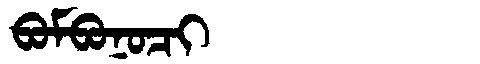
Manchu: ᠪᠣᠮᠪᠣᠨᠣᠴᡳ
Romanization: BOMBONOCI